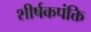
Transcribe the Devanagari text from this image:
शीर्षकपंक्ति